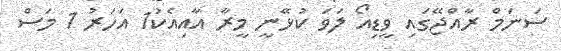
ސަނަމް ރާއްޖޭގައި ވީޑިއޯ ލަވަ ކުޅޭނީ މީރާ އާއިއެކު1 އަހަރު 1 މަސް